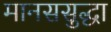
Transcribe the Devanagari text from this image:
मानससुद्धा